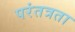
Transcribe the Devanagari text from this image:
परंतत्रता